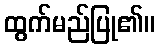
ထွက်မည်ပြု၏။